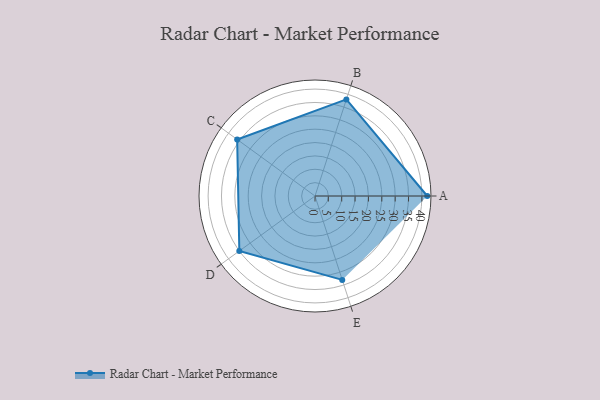
{"axis": {"x": "Skill", "y": "Score"}, "legend": ["Profile"], "data": [{"x": "A", "y": 42.0, "type": "Profile"}, {"x": "B", "y": 38.0, "type": "Profile"}, {"x": "C", "y": 36.0, "type": "Profile"}, {"x": "D", "y": 35.0, "type": "Profile"}, {"x": "E", "y": 33.0, "type": "Profile"}]}